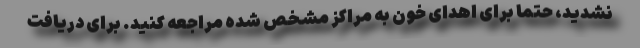
نشدید، حتما برای اهدای خون به مراکز مشخص شده مراجعه کنید. برای دریافت